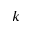
k